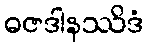
ဓဇဒါနဿိဒံ